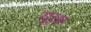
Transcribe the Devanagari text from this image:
यूक्त